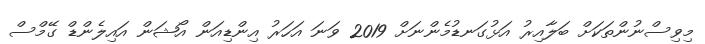
މިވިސްނުންތަކަށް ބަލާއިރު އަޅުގަނޑުމެންނަށް 2019 ވަނަ އަހަރު އިންޑިއަން އޯޝަން އައިލެންޑް ގޭމްސް